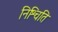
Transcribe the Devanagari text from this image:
निश्चिति